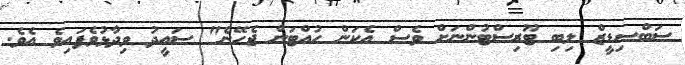
ސަބްސިޑީޒް ލިބި ޓޫރިސްޓުންނަށް ވެސް އެކަން ހުއްޓަން ޖެހޭނެ" ސައީދު ވިދާޅުވެފައިވެ އެވެ.